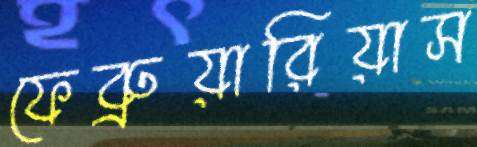
ফেব্রুয়ারিয়াস